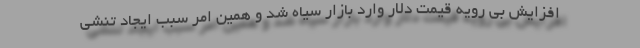
افزایش بی رویه قیمت دلار وارد بازار سیاه شد و همین امر سبب ایجاد تنشی